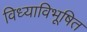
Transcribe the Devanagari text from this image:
विध्याविभूषित